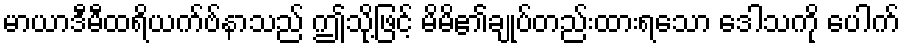
မာယာဒီမီထရိယက်ဗ်နာသည် ဤသို့ဖြင့် မိမိ၏ချုပ်တည်းထားရသော ဒေါသကို ပေါက်